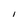
Character: I